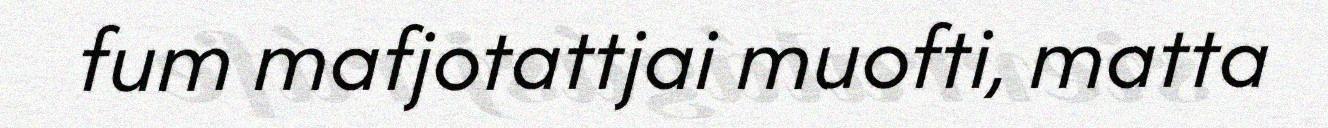
fum mafjotattjai muofti, matta